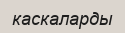
каскаларды